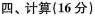
四、计算(16分)